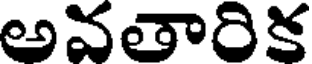
అవతారిక